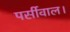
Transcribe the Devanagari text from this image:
पर्सीवाल।